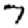
Digit: 7